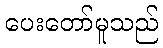
ပေးတော်မူသည်